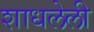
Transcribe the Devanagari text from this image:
शाधलेली